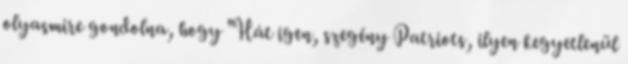
olyasmire gondolna, hogy "Hát igen, szegény Patriots, ilyen kegyetlenül